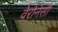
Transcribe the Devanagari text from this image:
वेरोनेसी